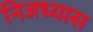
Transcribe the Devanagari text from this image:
निजध्यास